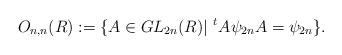
LaTeX: \begin{align*}O_{n,n}(R) := \{ A \in GL_{2n}(R) | \,\, ^{t}A\psi_{2n}A = \psi_{2n} \}.\end{align*}